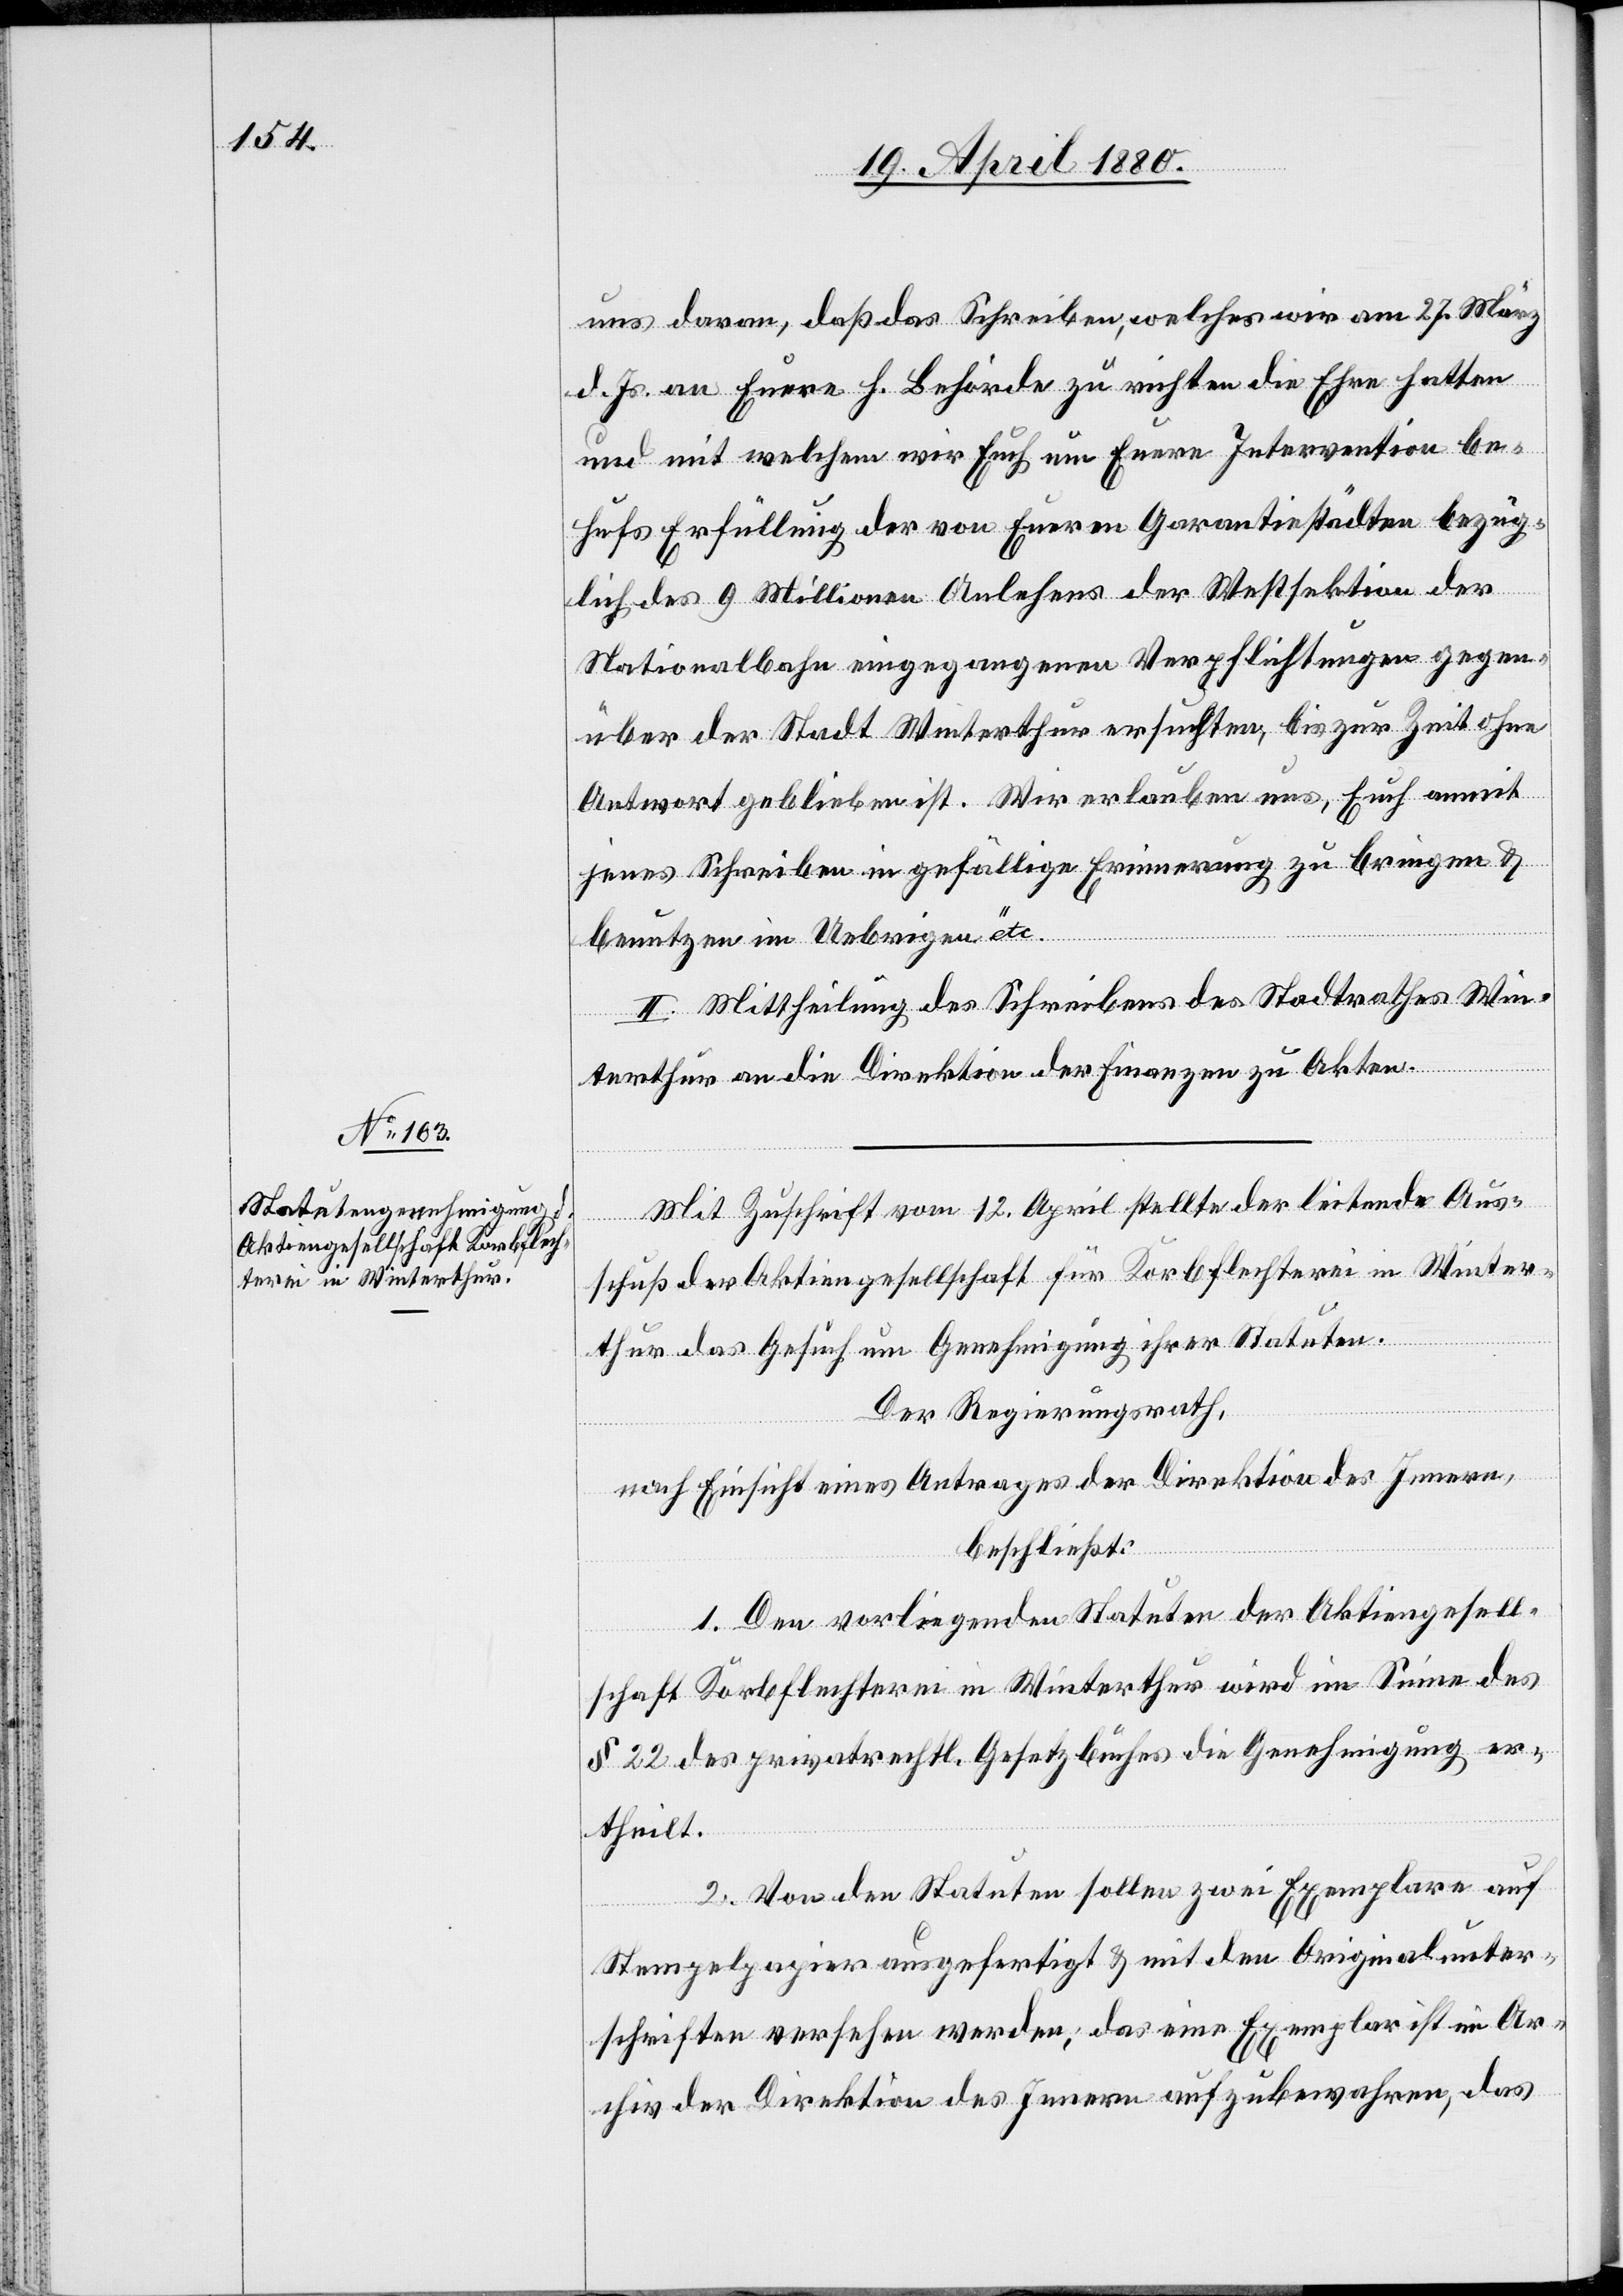
uns daran, daß das Schreiben, welches wir am 27. März
d. Js. an Euer h. Behörde zu richten die Ehre hatten
und mit welchem wir Euch um Euere Intervention be¬
hufs Erfüllung der von Eueren Garantiestädten bezüg¬
lich des 9 Millionen Anlehens der Westsektion der
Nationalbahn eingegangenen Verpflichtungen gegen¬
über der Stadt Winterthur ersuchten, bis zur Zeit ohne
Antwort geblieben ist. Wir erlauben uns, Euch anmit
jenes Schreiben in gefällige Erinnerung zu bringen &
benutzen im Uebrigen“ etc.
II. Mittheilung des Schreibens des Stadtrathes Win¬
terthur an die Direktion der Finanzen zu Akten.
Mit Zuschrift vom 12. April stellte der leitende Aus¬
schuß der Aktiengesellschaft für Korbflechterei in Winter¬
thur das Gesuch um Genehmigung ihrer Statuten.
Der Regierungsrath,
nach Einsicht eines Antrages der Direktion des Innern,
beschließt:
1. Den vorliegenden Statuten der Aktiengesell¬
schaft Korbflechterei in Winterthur wird im Sinne des
§ 22 des privatrechtl. Gesetzbuches die Genehmigung er¬
theilt.
2. Von den Statuten sollen zwei Exemplare auf
Stempelpapier ausgefertigt & mit den Originalunter¬
schriften versehen werden; das eine Exemplar ist im Ar¬
chiv der Direktion des Innern aufzubewahren, das